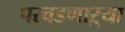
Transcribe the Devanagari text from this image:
परवडणाऱ्या